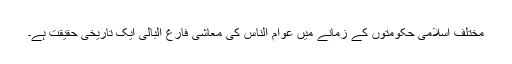
مختلف اسلامی حکومتوں کے زمانے میں عوام الناس کی معاشی فارغ البالی ایک تاریخی حقیقت ہے۔